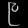
Digit: ၉